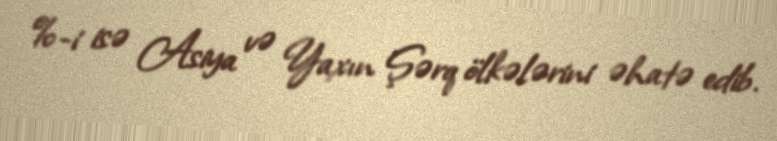
%-i isə Asiya və Yaxın Şərq ölkələrini əhatə edib.